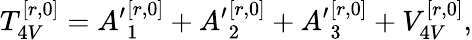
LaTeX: T_{4V}^{[r,0]}={A^{\prime}}_{1}^{[r,0]}+{A^{\prime}}_{2}^{[r,0]}+{A^{\prime}}_{3}^{[r,0]}+V_{4V}^{[r,0]},